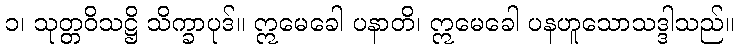
၁၊ သုတ္တဝိသဋ္ဌိ သိက္ခာပုဒ်။ ဣမေခေါ ပနာတိ၊ ဣမေခေါ ပနဟူသောသဒ္ဒါသည်။